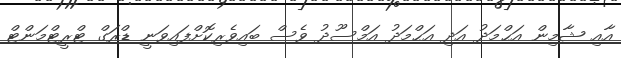
އާއި ޝާމިން އަޙްމަދު އަދި އަޙްމަދު އަމްސޫދު ވެސް ބައިވެރިކޮށްފައިވަނީ ޑްރަގް ޓްރީޓްމަންޓް